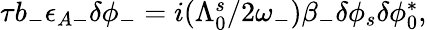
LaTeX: \begin{array}{r}{\tau b_{-}\epsilon_{A-}\delta\phi_{-}=i(\Lambda_{0}^{s}/2\omega_{-})\beta_{-}\delta\phi_{s}\delta\phi_{0}^{*},}\end{array}